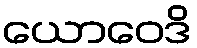
ယောဝေဒိ